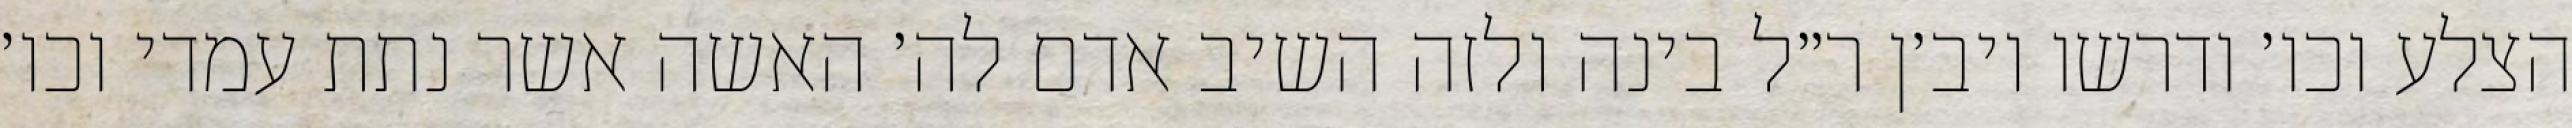
הצלע וכו׳ ודרשו ויב׳ן ר״ל בינה ולזה השיב אדם לה׳ האשה אשר נתת עמדי וכו׳